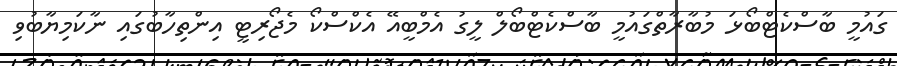
ގައުމީ ބާސްކެޓްބޯޅަ މުބާރާތްގައުމީ ބާސްކެޓްބޯލް ލީގު އެމްބީއޭ އެކްސްކޯ މެޖޯރިޓީ އިންތިހާބުގައި ނާކަމިޔާބުވި